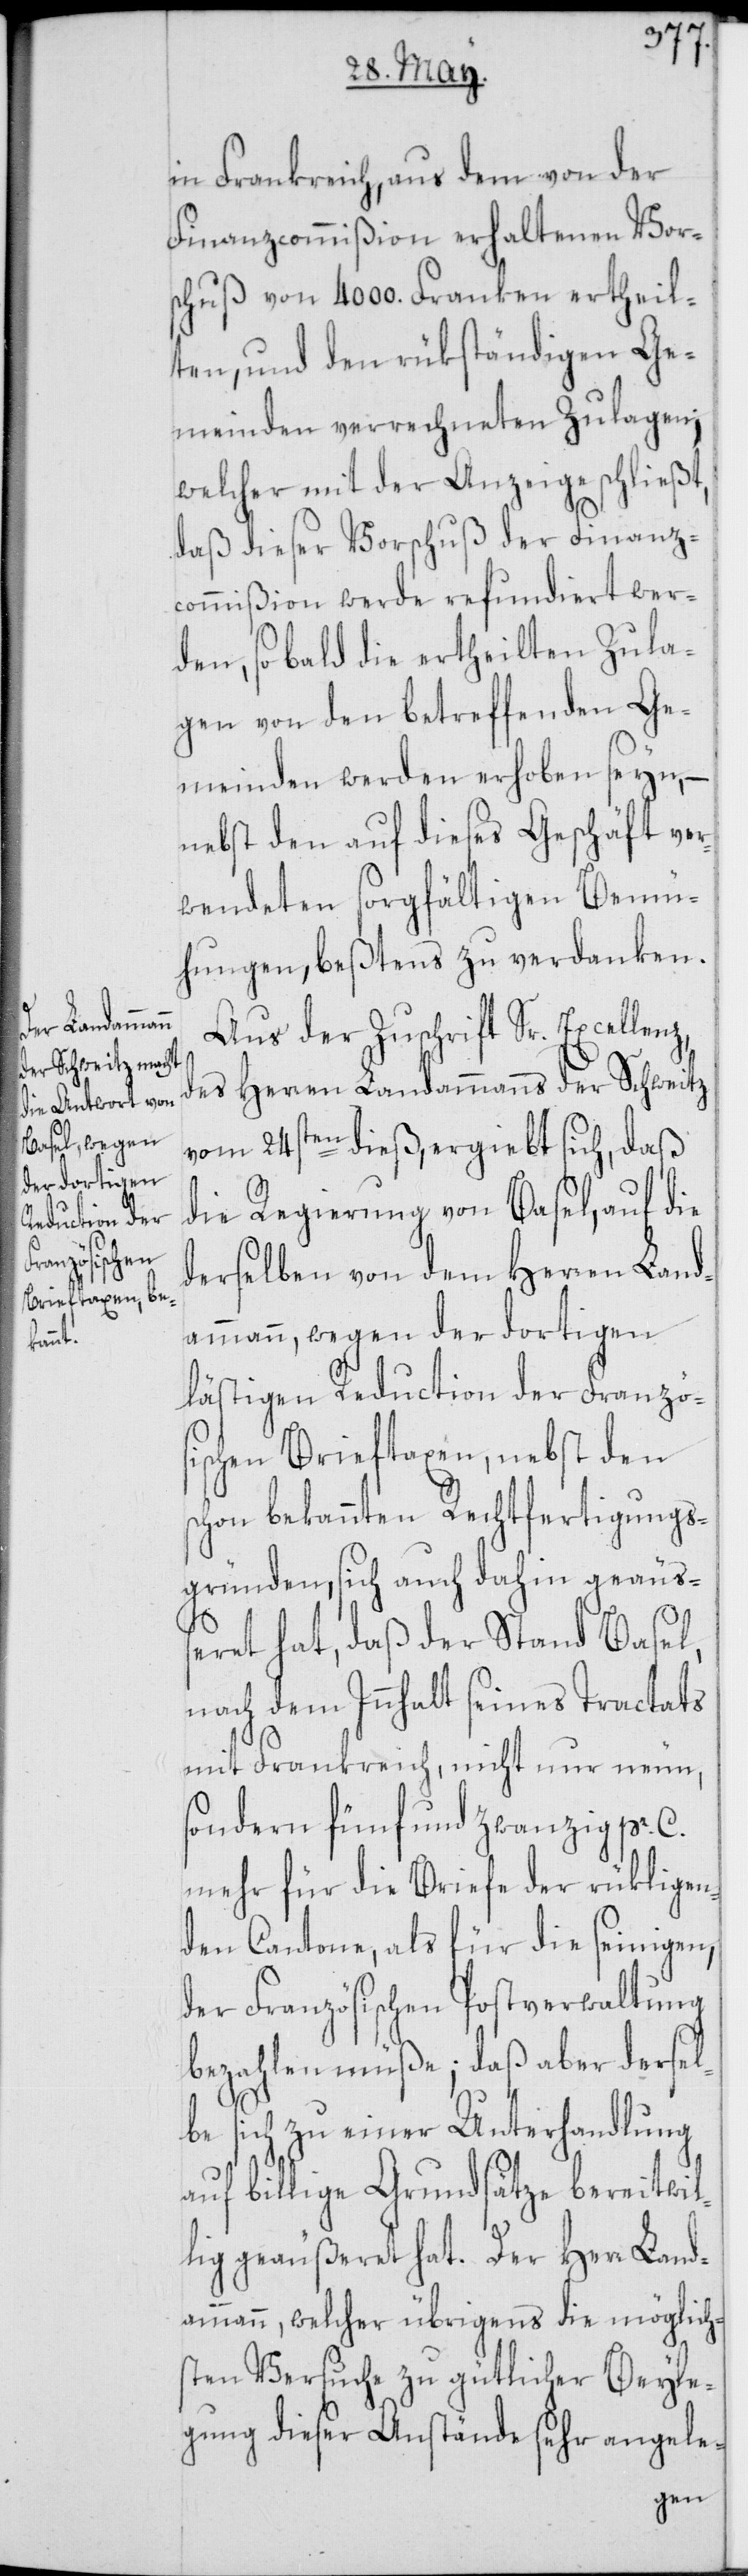
lenz,

in Frankreich, aus dem von der
Finanzcommißion erhaltenen Vor¬
schuß von 4000. Franken ertheil¬
ten, und den rükständigen Ge¬
meinden verrechneten Zulagen;
welcher mit der Anzeige schließt,
daß dieser Vorschuß der Finanz¬
commißion werde refundiert wer¬
den, sobald die ertheilten Zula¬
gen von den betreffenden Ge¬
meinden werden erhoben seyn, –
nebst den auf dieses Geschäft ver¬
wendeten sorgfältigen Bemü¬
hungen, beßtens zu verdanken.
Aus der Zuschrift Sr. Excel¬
des Herren Landammanns der Schweitz
vom 24sten dieß, ergiebt sich, daß
die Regierung von Basel, auf die
derselben von dem Herren Land¬
ammann, wegen der dortigen
lästigen Reduction der Französ¬
ischen Brieftaxen, nebst den
schon bekannten Rechtfertigungs¬
gründen, sich auch dahin geäuß¬
eret hat, daß der Stand Basel,
nach dem Innhalt seines Tractats
mit Frankreich, nicht nur neun,
sondern fünf und zwanzig pr. C.
mehr für die Briefe der rükligen¬
den Cantone, als für die seinigen,
der Französischen Postverwaltung
bezahlen müße; daß aber dersel¬
be sich zu einer Unterhandlung
auf billige Grundsätze bereitwil¬
lig geäußeret hat. Der Herr Land¬
ammann, welcher übrigens die möglich¬
sten Versuche zu gütlicher Beyle¬
gung dieser Anstände sehr angele-